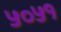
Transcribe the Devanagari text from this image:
५०५१